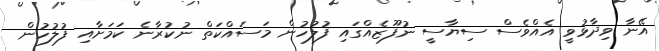
އޭނާ ވިދާޅުވީ އެއްވެސް ސިޔާސީ ނުފޫޒެއްގައި ފުލުހުން މަސައްކަތް ނުކުރާނެ ކަމަށާއި ފުލުހުން